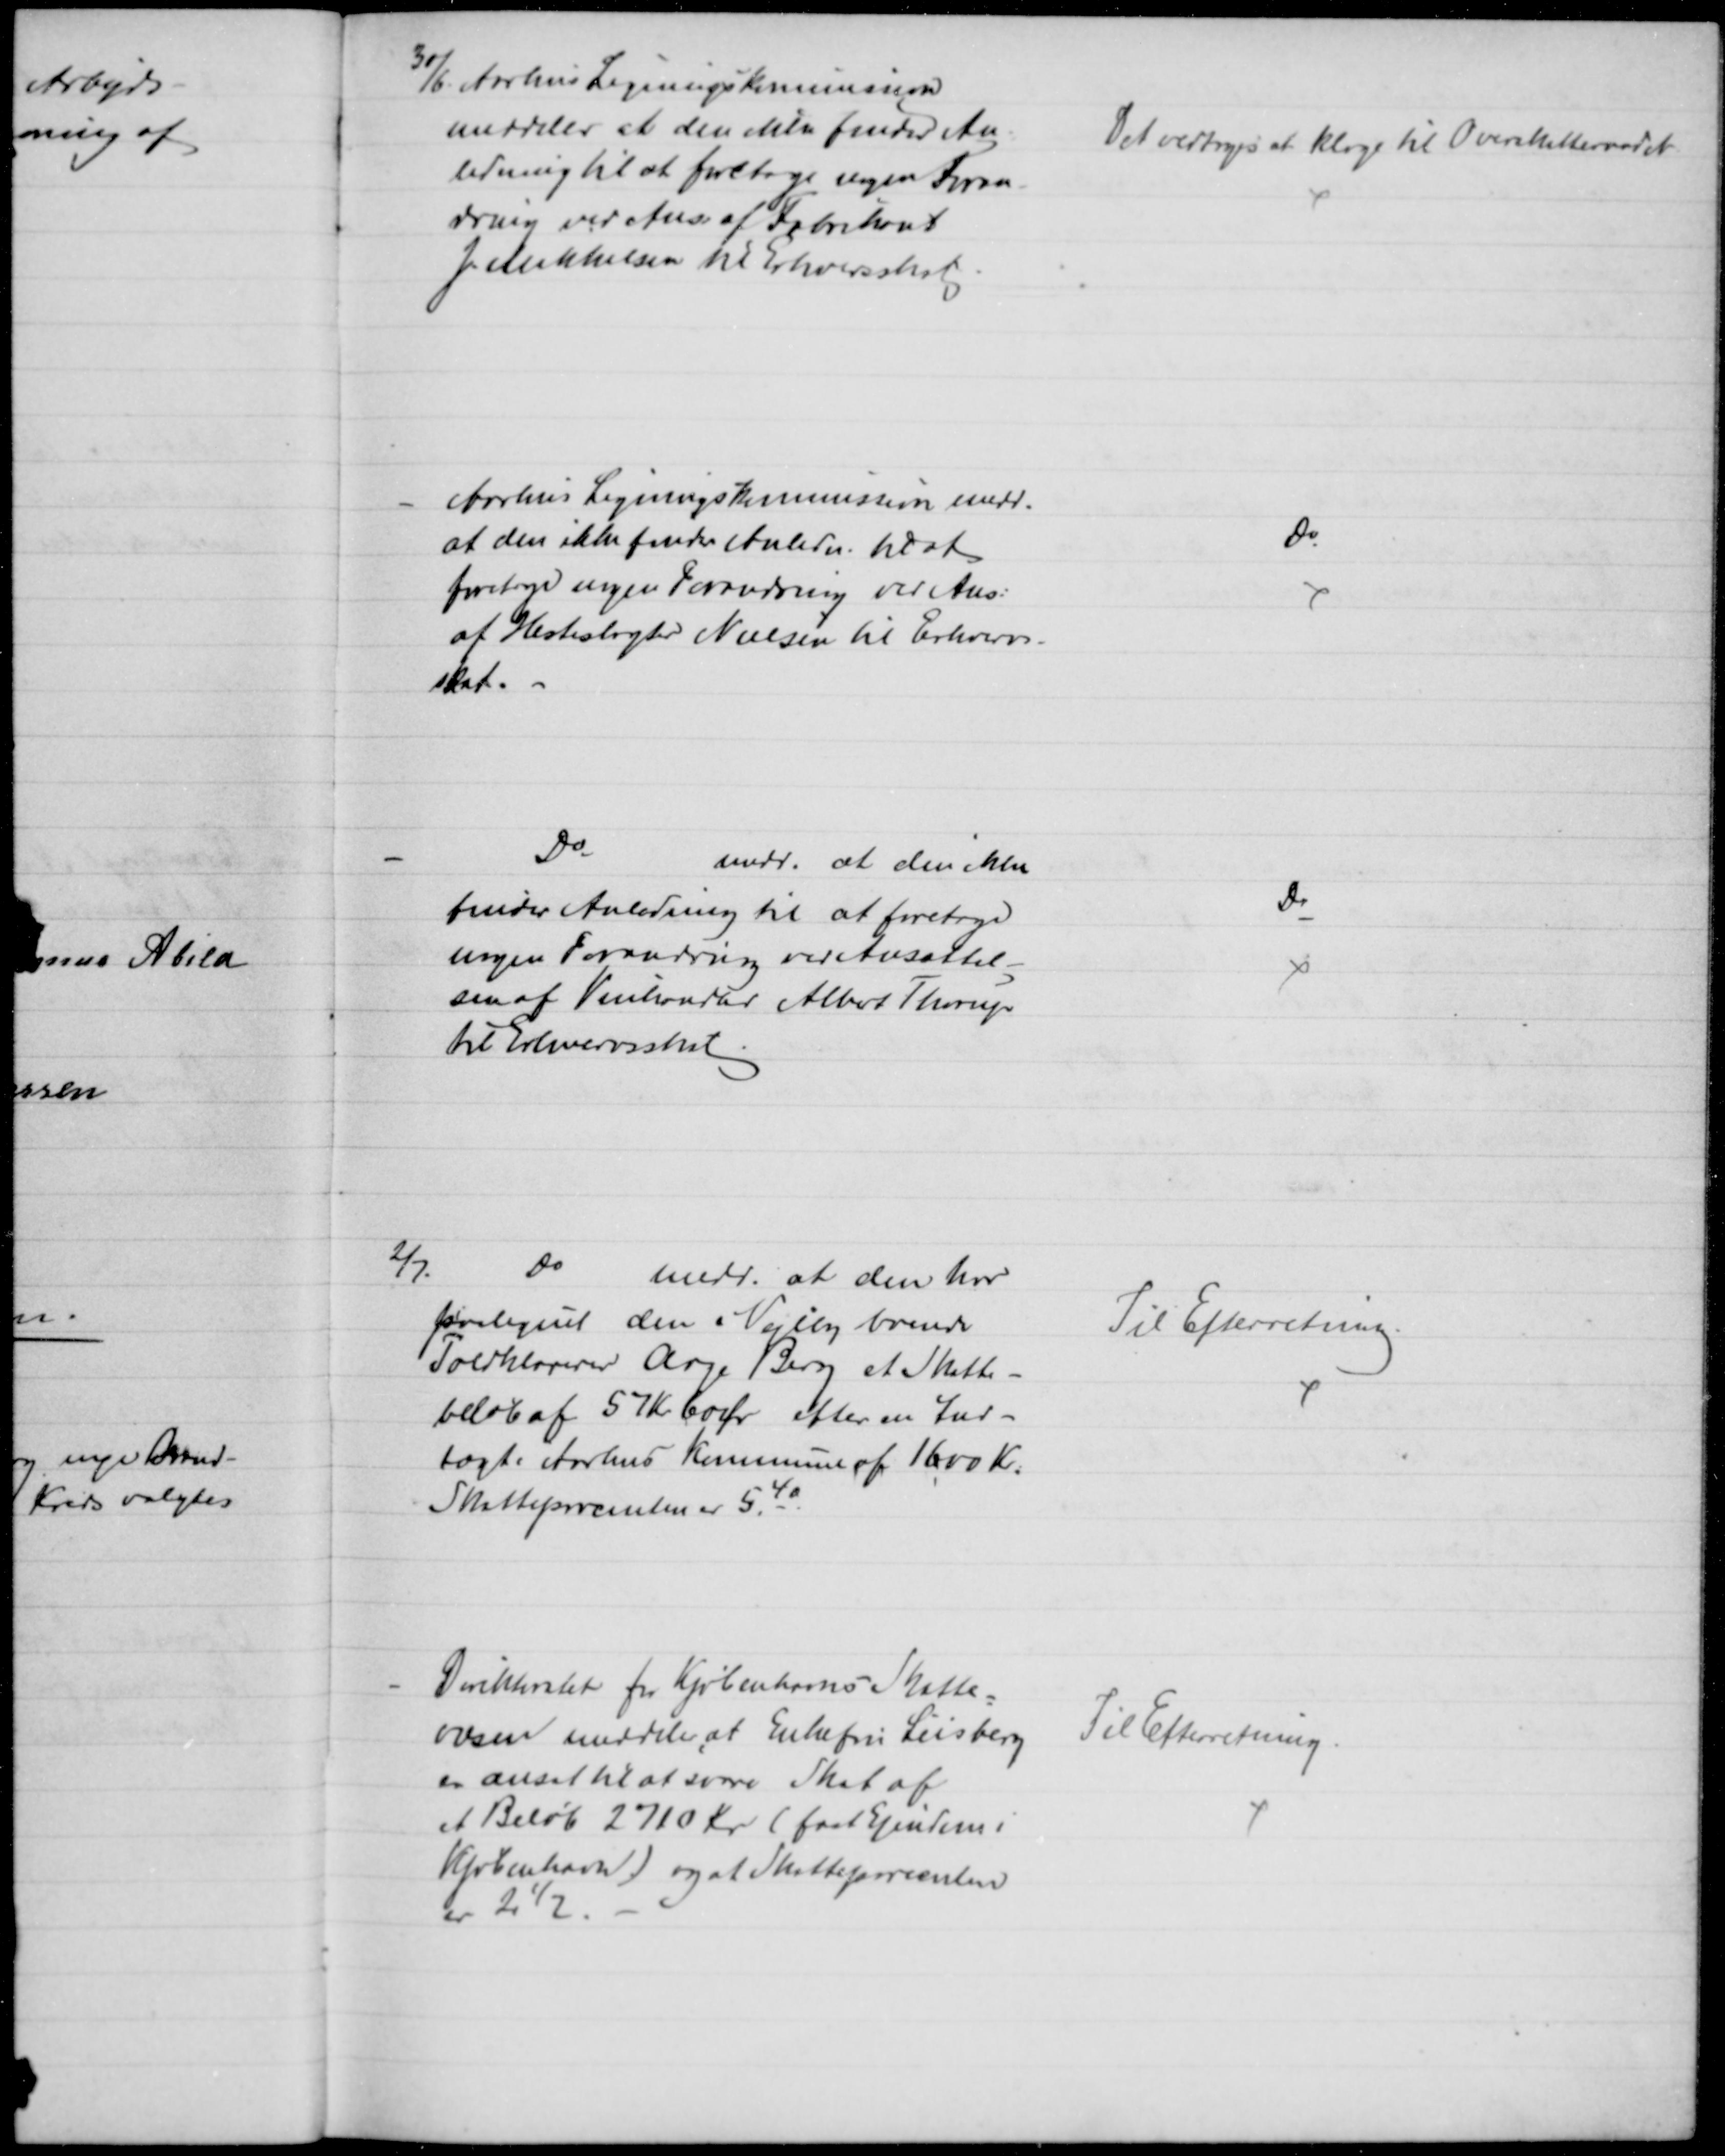
Transskription:
30/6. Aarhus Ligningskommission
meddeler at den ikke finder An-
ledning til at foretage nogen Foran-
dring ved Ans. af Fabrikant
J Mikkelsen til Erhvervsskat
Det vedtoges at klage til Overskatteraadet
Aarhus Ligningskommission medd.
at den ikke finde Anledn. til at
foretage nogen Forandring ved Ans.
at Hesteslagter Nielsen til Erhvervs-
skat.
Do
Do
medd. at den ikke
finder Anledning til at foretage
nogen Forandring ved Ansættel-
sen af Vinhandler Albert Thorup
til Erhvervsskat.
Do
2/7.
Do 
medd. at den har
paalignet den i Vejlby boende
Toldklarerer Aage Berg et Skatte-
beløb af 57 Kr 60 Øre efter en Ind-
tægt i Aarhus Kommune af 1600 Kr.
Skatteprocenten er 5%.
Til Efterretning.
Direktoratet for Kjøbenhavns Skatte=
væsen meddeler, at Enkefru Liisberg. 
er ansat til at svare Skat af 
et Beløb 2710 Kr. (fast Ejendom i
Kjøbenhavn) og at Skatteprocenten
er 2½.
Til Efterretning.